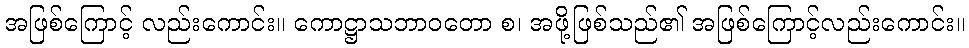
အဖြစ်ကြောင့် လည်းကောင်း။ ကောဋ္ဌာသဘာဝတော စ၊ အဖို့ဖြစ်သည်၏ အဖြစ်ကြောင့်လည်းကောင်း။